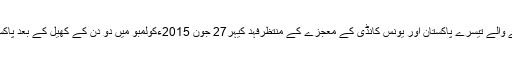
علاوہ ازیں اسی ضمن میں سزا بھگتنے والے تیسرے پاکستان اور یونس کانڈی کے معجزے کے منتظرفہد کیہر27 جون 2015ءکولمبو میں دو دن کے کھیل کے بعد پاکستان پچھلے قدموں پر دکھائی دیتا ہے۔